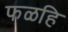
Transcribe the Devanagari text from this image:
फळहि